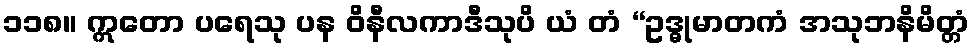
၁၁၈။ ဣတော ပရေသု ပန ဝိနီလကာဒီသုပိ ယံ တံ “ဥဒ္ဓုမာတကံ အသုဘနိမိတ္တံ